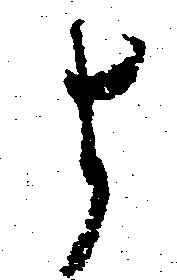
よ